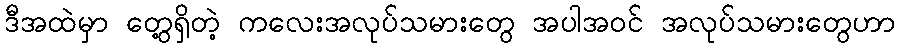
ဒီအထဲမှာ တွေ့ရှိတဲ့ ကလေးအလုပ်သမားတွေ အပါအဝင် အလုပ်သမားတွေဟာ